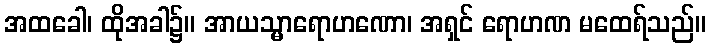
အထခေါ၊ ထိုအခါ၌။ အာယသ္မာရောဟဏော၊ အရှင် ရောဟဏ မထေရ်သည်။